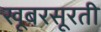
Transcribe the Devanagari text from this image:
खूबरसूरती